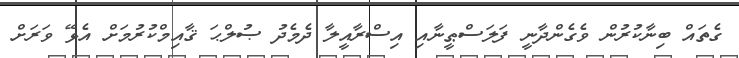
ގެތައް ބިނާކުރުން ވެގެންދާނީ ފަލަސްޠީނާއި އިސްރާއީލާ ދެމެދު ޞުލްޙަ ޤާއިމްކުރުމަށް އެޅޭ ވަރަށް